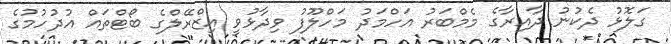
ގަލޮޅު ދެކުނު ދާއިރާގެ މެމްބަރު އަހްމަދު މަހްލޫފު ވިދާޅުވީ އިޒްރޭލްގެ ބޯޓްތައް އުދުހުމުގެ